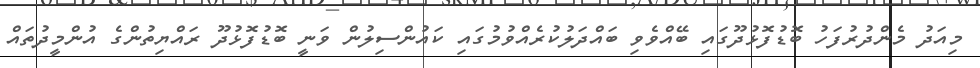
މިއަދު މެންދުރުފަހު ބޮޑުފޮޅުދޫގައި ބޭއްވެވި ބައްދަލުކުރެއްވުމުގައި ކައުންސިލުން ވަނީ ބޮޑުފޮޅުދޫ ރައްޔިތުންގެ އުންމީދުތައް